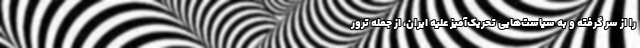
را از سر گرفته و به سیاست‌هایی تحریک‌آمیز علیه ایران، از جمله ترور